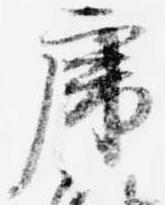
虎